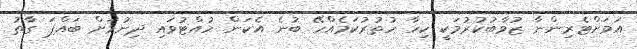
އަވަށްޓެރިންނާ ޒުވާބުކުރުމަކީ ކިހާ ހުތުރުކަމެއްހޭ ބުނެ އެކަން ހުއްޓުވައި ދިނުމަށް ބައްޕަ ގާތު